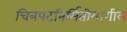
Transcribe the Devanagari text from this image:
चित्रपटनिर्मितीमागील